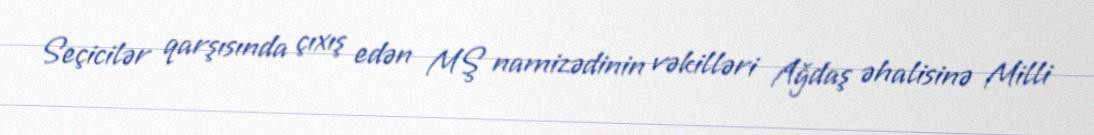
Seçicilər qarşısında çıxış edən MŞ namizədinin vəkilləri Ağdaş əhalisinə Milli